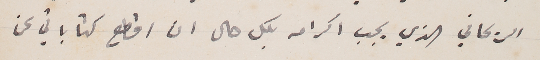
الريحاني الذي يجب اكرامه بكل حال ان اقطع كتاباتي عن